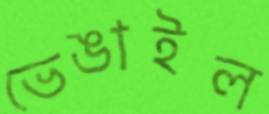
ভেঙাইল